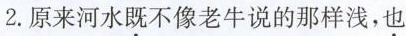
2.原来河水既不像老牛说的那样浅，也